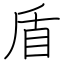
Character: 盾